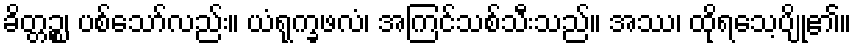
ခိတ္တဉ္စ၊ ပစ်သော်လည်း။ ယံရုက္ခဖလံ၊ အကြင်သစ်သီးသည်။ အဿ၊ ထိုရသေ့ပျို၏။